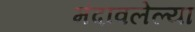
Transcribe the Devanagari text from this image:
मंदावलेल्या